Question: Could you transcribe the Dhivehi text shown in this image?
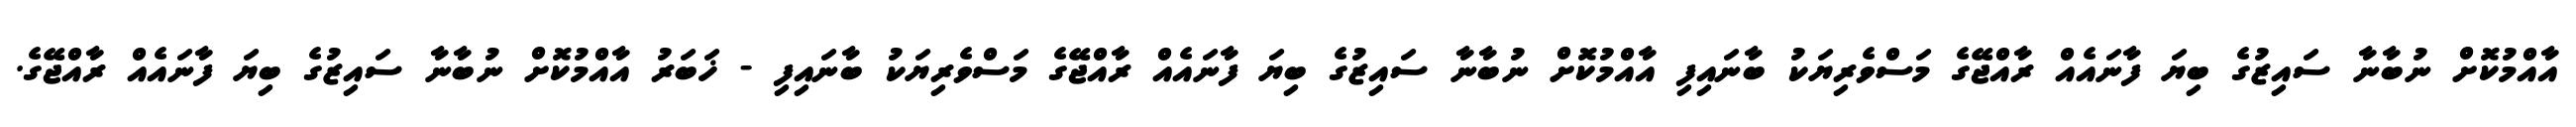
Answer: އާއްމުކޮށް ނުބާނާ ސައިޒުގެ ބިޔަ ފާނައެއް ރާއްޖޭގެ މަސްވެރިޔަކު ބާނައިފި އާއްމުކޮށް ނުބާނާ ސައިޒުގެ ބިޔަ ފާނައެއް ރާއްޖޭގެ މަސްވެރިޔަކު ބާނައިފި - ޚަބަރު އާއްމުކޮށް ނުބާނާ ސައިޒުގެ ބިޔަ ފާނައެއް ރާއްޖޭގެ.